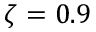
\zeta = 0 . 9